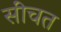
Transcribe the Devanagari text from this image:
सींचत